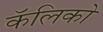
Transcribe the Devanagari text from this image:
कॅलिको